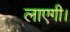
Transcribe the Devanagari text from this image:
लाएगी।